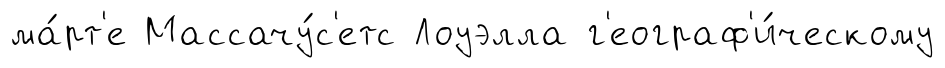
ма́рт'е Массачу́с'етс Лоуэлла г'еограф'и́ческому